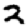
Digit: 2